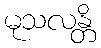
မုသလန္တိ